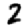
Digit: 2